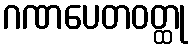
ဂဏပေတဝတ္ထု